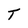
Character: T